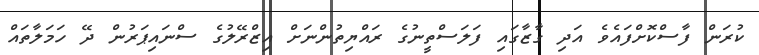
ކުރަން ފާސްކޮށްފައެވެ އަދި ގާޒާގައި ފަލަސްތީނުގެ ރައްޔިތުންނަށް އިޒްރޭލުގެ ސްނައިޕަރުން ދޭ ހަމަލާތައް